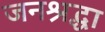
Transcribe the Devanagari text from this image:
जनश्रद्धा